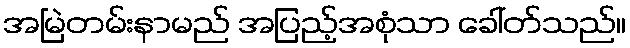
အမြဲတမ်းနာမည် အပြည့်အစုံသာ ခေါ်တ်သည်။